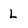
Character: L